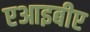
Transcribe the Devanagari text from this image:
एआइबीए